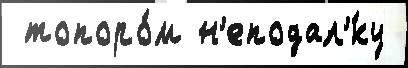
 топоро́м н'еподал'́ку